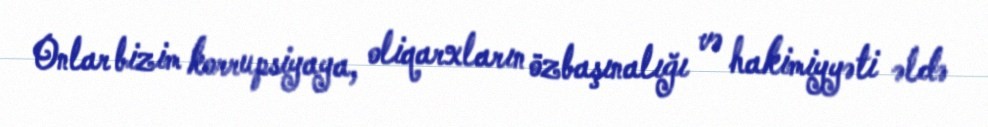
Onlar bizim korrupsiyaya, oliqarxların özbaşınalığı və hakimiyyəti əldə